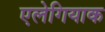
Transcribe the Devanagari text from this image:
एलेगियाक